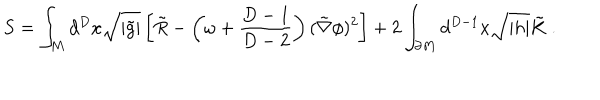
S = \int _ { M } d ^ { D } x \sqrt { | \tilde { g } | } \left[ \tilde { R } - \left( \omega + { \frac { D - 1 } { D - 2 } } \right) ( \tilde { \nabla } \phi ) ^ { 2 } \right] + 2 \int _ { \partial M } d ^ { D - 1 } x \sqrt { | h | } \tilde { K } \ .